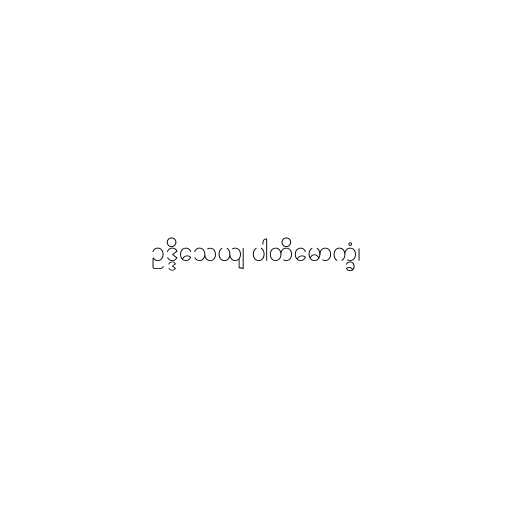
ဥဒ္ဒိသေယျ ပါတိမောက္ခံ၊